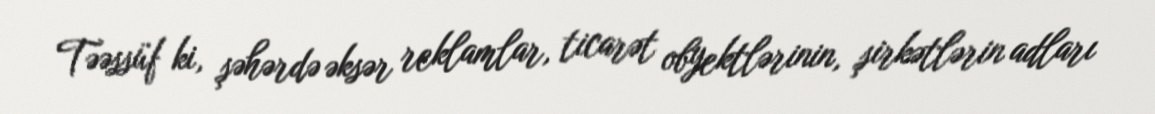
Təəssüf ki, şəhərdə əksər reklamlar, ticarət obyektlərinin, şirkətlərin adları